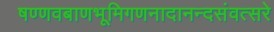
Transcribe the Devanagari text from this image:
षण्णवबाणभूमिगणनादानन्दसंवत्सरे